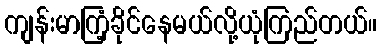
ကျန်းမာကြံ့ခိုင်နေမယ်လို့ယုံကြည်တယ်။